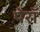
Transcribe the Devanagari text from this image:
पेरॉ